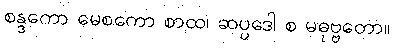
စန္ဒကော မေစကော စာထ၊ ဆပ္ပဒေါ စ မဓုဗ္ဗတော။